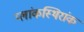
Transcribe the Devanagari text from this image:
प्लांकस्थिरांक